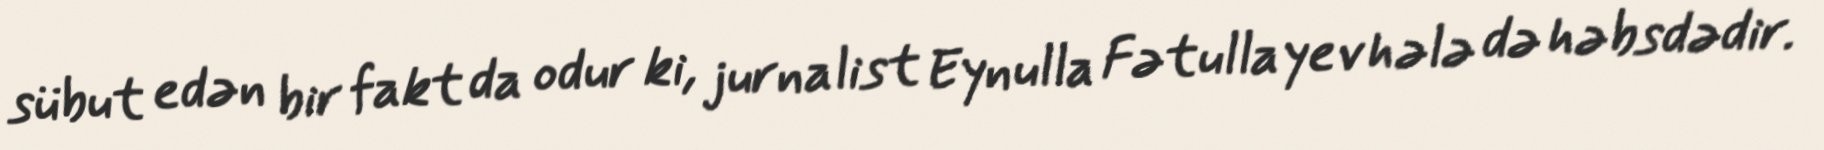
sübut edən bir fakt da odur ki, jurnalist Eynulla Fətullayev hələ də həbsdədir.